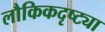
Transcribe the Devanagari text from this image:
लौकिकदृष्ट्या